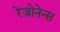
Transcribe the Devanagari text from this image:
रेज़ोनेन्स